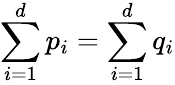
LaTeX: \sum_{i=1}^{d}p_{i}=\sum_{i=1}^{d}q_{i}